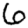
Digit: 6